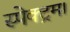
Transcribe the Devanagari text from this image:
स्पेक्ट्रम।